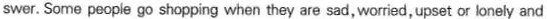
swer. Some pecple go shopping when they are sad, worried,upset or lonely and